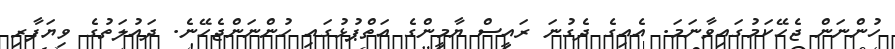
ހުންނަން ޖެހޭކަމުގައިވާނަމަ. އެއިގެ ދެގުނަ ރައީސް ޔާމީންގެ އަތްޕުޅުގައި ހުންނަންޖެހޭނެ. ދައުލަތުގެ ވިޔަފާރި